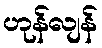
ဟုန်လျန်